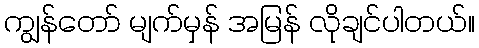
ကျွန်တော် မျက်မှန် အမြန် လိုချင်ပါတယ်။